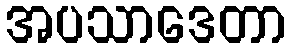
အပသာဒေတာ